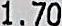
1.70